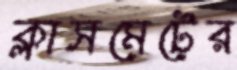
ক্লাসমেটের